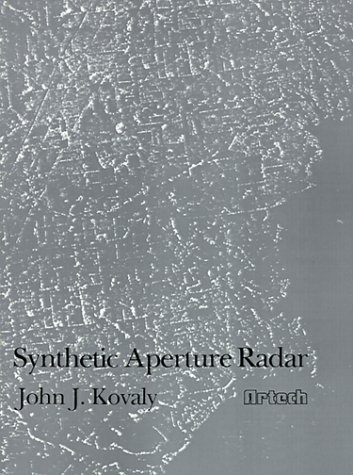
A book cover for Synthetic Aperture Radar (Radar Library); Crafts, Hobbies & Home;